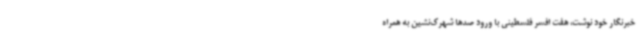
خبرنگار خود نوشت، هفت افسر فلسطینی با ورود صدها شهرک‌نشین به همراه